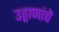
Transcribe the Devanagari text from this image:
उड्डाणांचे